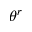
\theta ^ { r }